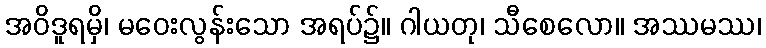
အဝိဒူရမှိ၊ မဝေးလွန်းသော အရပ်၌။ ဂါယတု၊ သီစေလော။ အဿမဿ၊